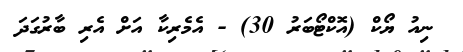
ނިއު ޔޯކް (އޮކްޓޯބަރު 30) - އެމެރިކާ އަށް އެރި ބާރުގަދަ